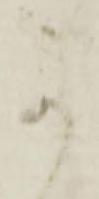
可